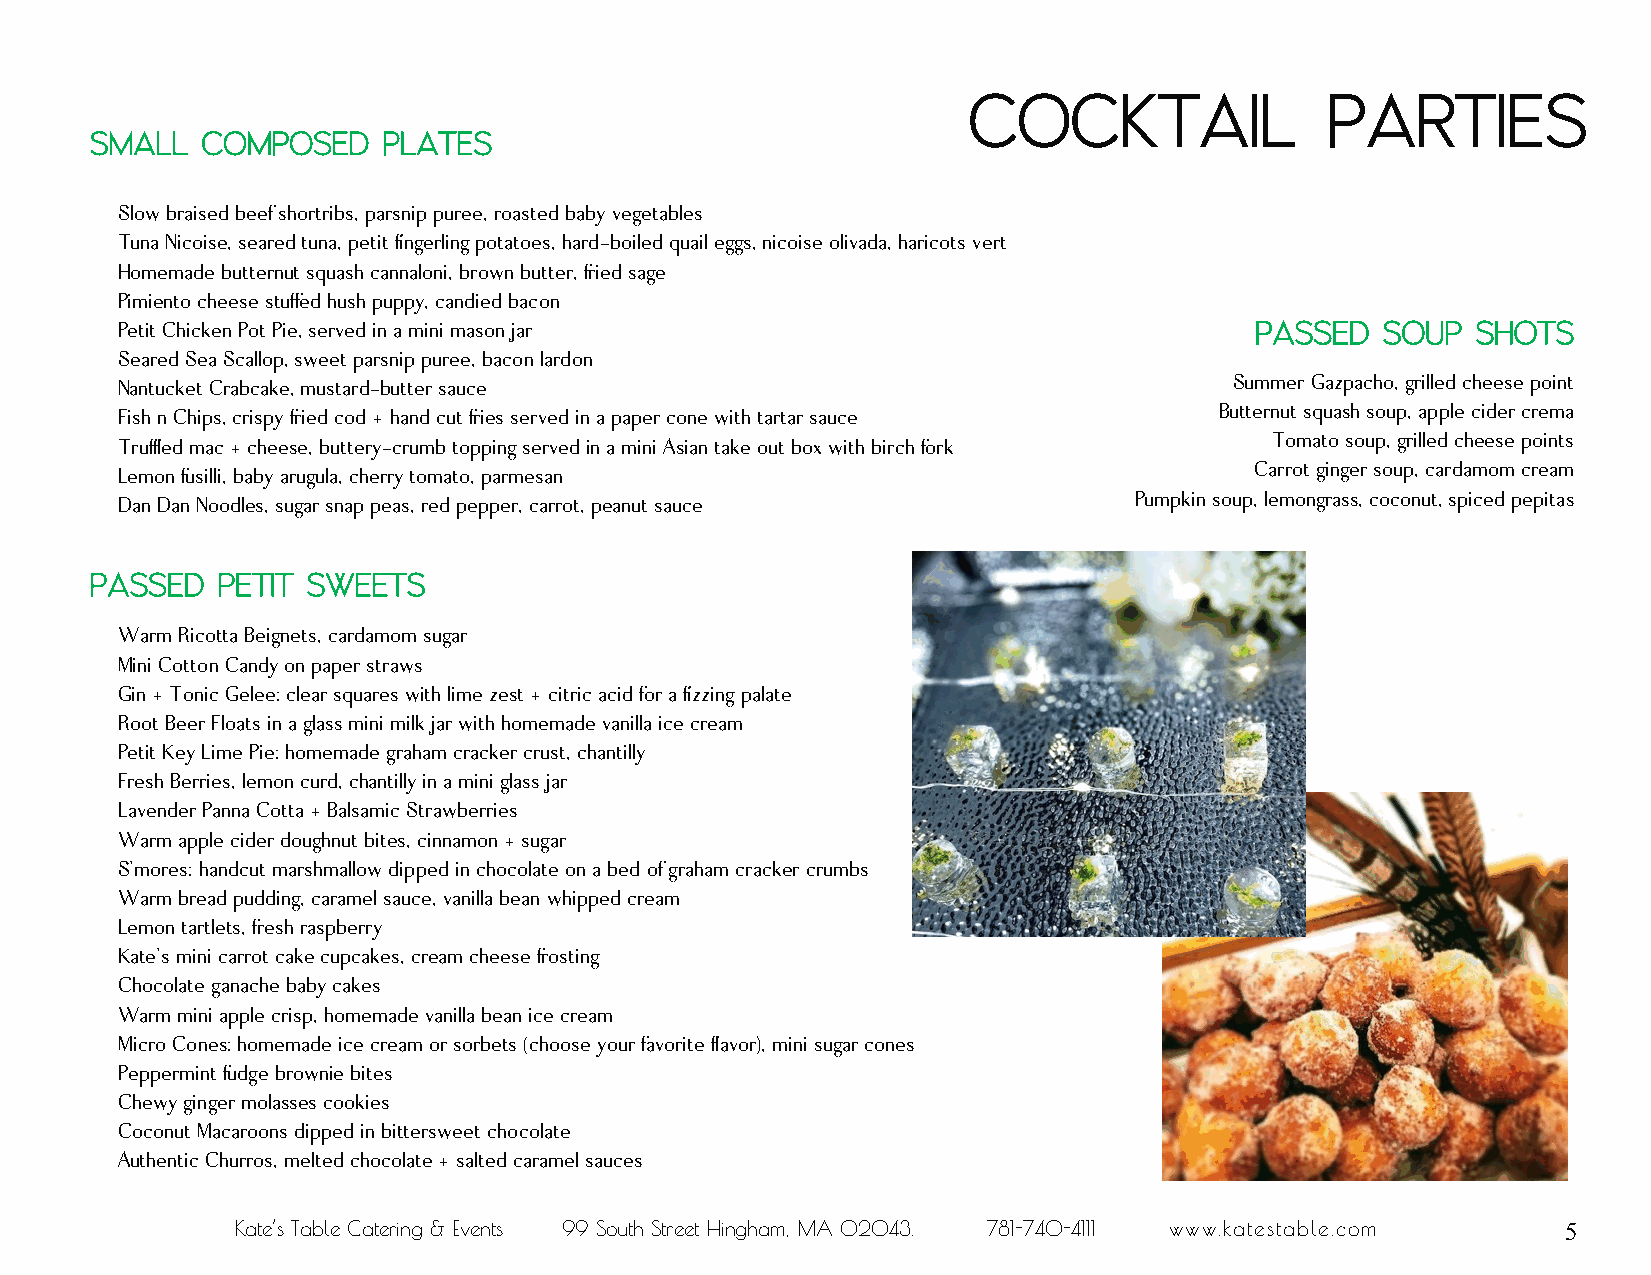
Cocktail                Parties
 Small  Composed    Plates
 Slow braised beef shortribs, parsnip puree, roasted baby vegetables
 Tuna Nicoise, seared tuna, petit fingerling potatoes, hard-boiled quail eggs, nicoise olivada, haricots vert
 Homemade butternut squash cannaloni, brown butter, fried sage
 Pimiento cheese stuffed hush puppy, candied bacon
 Petit Chicken Pot Pie, served in a mini mason jar                          Passed  Soup   Shots
 Seared Sea Scallop, sweet parsnip puree, bacon lardon
 Nantucket Crabcake, mustard-butter sauce
 Summer Gazpacho, grilled cheese point
 Fish n Chips, crispy fried cod + hand cut fries served in a paper cone with tartar sa uce Butternut squash soup, apple cider crema
 Tomato soup, grilled cheese points
 Truffled mac + cheese, buttery-crumb topping served in a mini Asian take out box with birch fork
 Carrot ginger soup, cardamom cream
 Lemon fusilli, baby arugula, cherry tomato, parmesan
 Dan Dan Noodles, sugar snap peas, red pepper, carrot, peanut sauce Pumpkin soup, lemongrass, coconut, spiced pepitas
 Passed  Petit Sweets
 Warm Ricotta Beignets, cardamom sugar
 Mini Cotton Candy on paper straws
 Gin + Tonic Gelee: clear squares with lime zest + citric acid for a fizzing palate
 Root Beer Floats in a glass mini milk jar with homemade vanilla ice cream
 Petit Key Lime Pie: homemade graham cracker crust, chantilly
 Fresh Berries, lemon curd, chantilly in a mini glass jar
 Lavender Panna Cotta + Balsamic Strawberries
 Warm apple cider doughnut bites, cinnamon + sugar
 S’mores: handcut marshmallow dipped in chocolate on a bed of graham cracker crumbs
 Warm bread pudding, caramel sauce, vanilla bean whipped cream
 Lemon tartlets, fresh raspberry
 Kate’s mini carrot cake cupcakes, cream cheese frosting
 Chocolate ganache baby cakes
 Warm mini apple crisp, homemade vanilla bean ice cream
 Micro Cones: homemade ice cream or sorbets (choose your favorite flavor), mini sugar cones
 Peppermint fudge brownie bites
 Chewy ginger molasses cookies
 Coconut Macaroons dipped in bittersweet chocolate
 Authentic Churros, melted chocolate + salted caramel sauces
 Kate’s Table Catering & Events 99 South Street Hingham, MA 02043. 781-740-4111 www.katestable.com 5